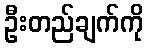
ဦးတည်ချက်ကို